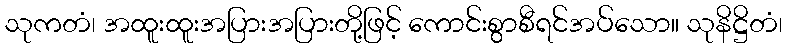
သုကတံ၊ အထူးထူးအပြားအပြားတို့ဖြင့် ကောင်းစွာစီရင်အပ်သော။ သုနိဋ္ဌိတံ၊